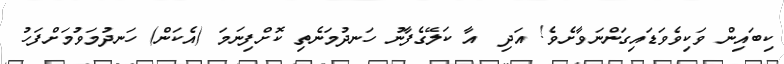
ކިބައިން ވަކިވެވަޑައިގަންނަވާށެވެ! އަދި  އާ ކަލޭގެފާނު ހަނދުމަނެތި ކޮށްފިނަމަ (އެކަން) ހަނދުމަވުމަށްފަހު